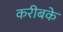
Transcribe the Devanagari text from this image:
करीबके